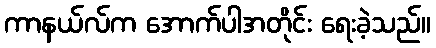
ကာနယ်လ်က အောက်ပါအတိုင်း ရေးခဲ့သည်။